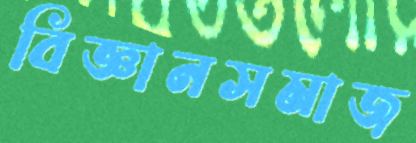
বিজ্ঞানসমাজ